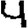
Digit: 4